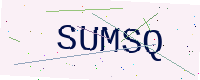
Text: SUMSQ